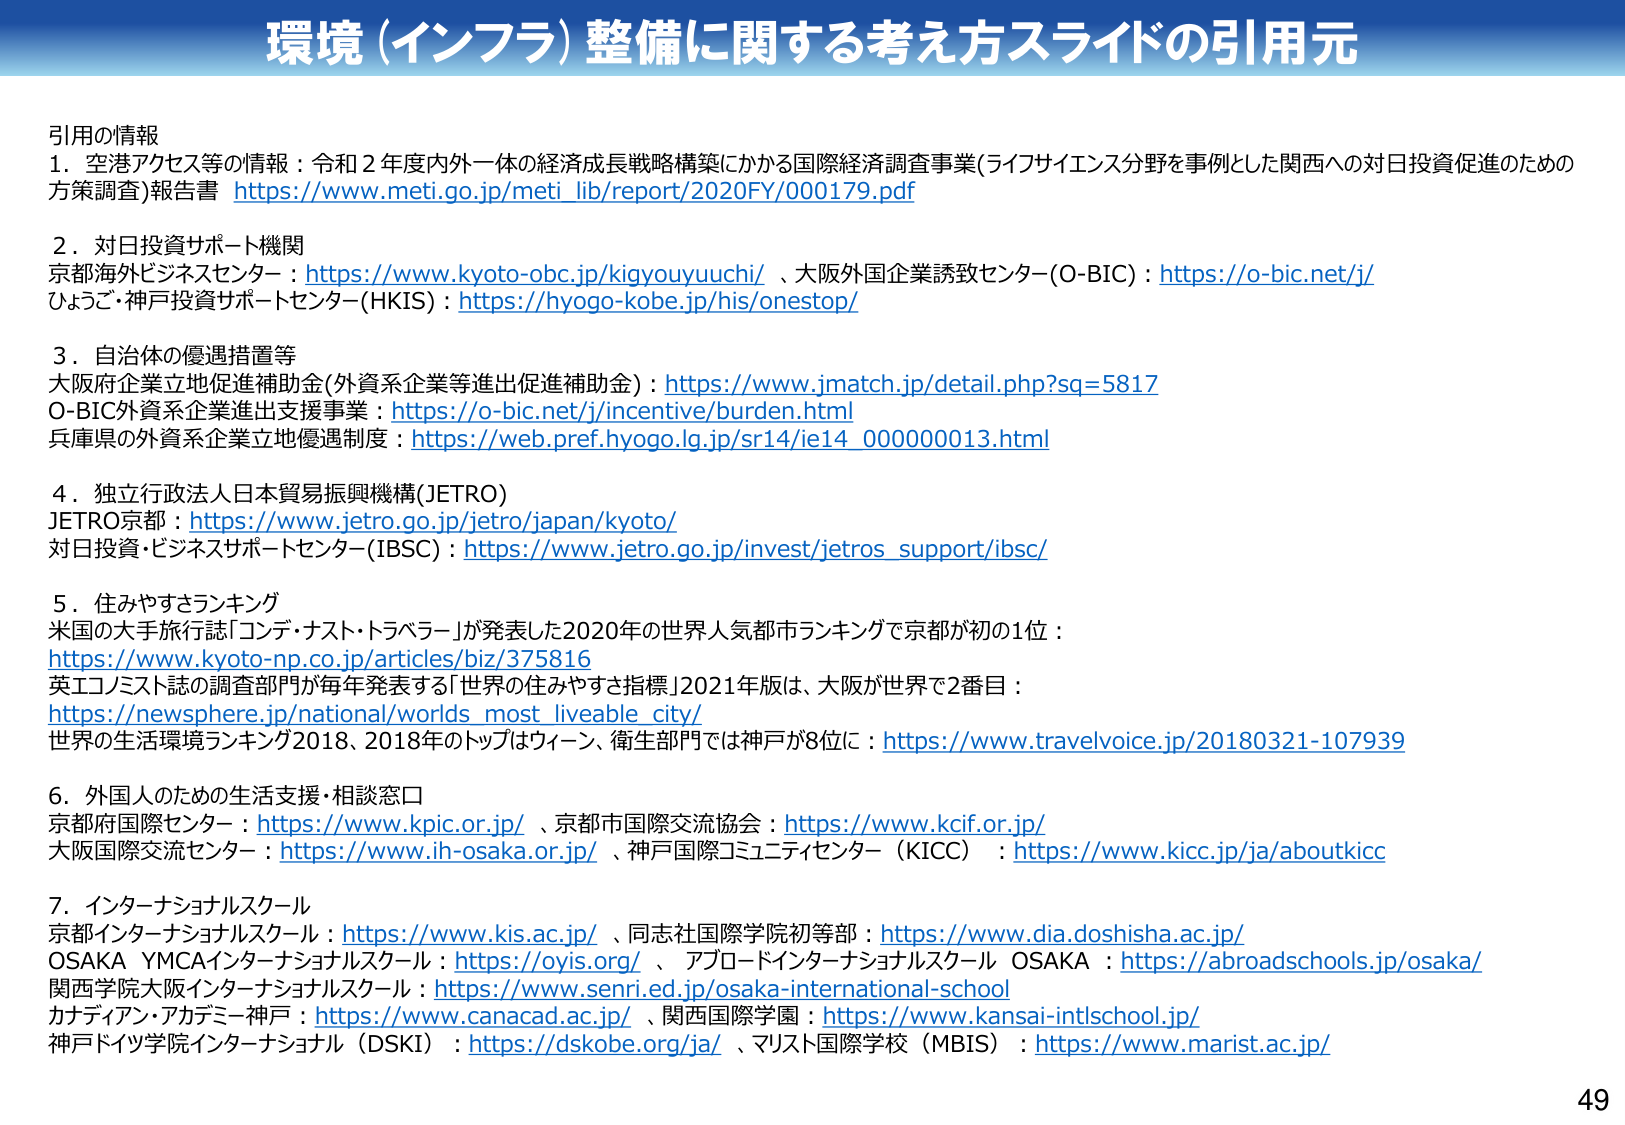
環境（インフラ）整備に関する考え方スライドの引用元

引用の情報
1．空港アクセス等の情報：令和２年度内外一体の経済成長戦略構築にかかる国際経済調査事業(ライフサイエンス分野を事例とした関西への対日投資促進のための方策調査)報告書 https://www.meti.go.jp/meti_lib/report/2020FY/000179.pdf

2．対日投資サポート機関
京都海外ビジネスセンター：https://www.kyoto-objc.jp/kigyoyuuchi/ 、大阪外国企業誘致センター(O-BIC)：https://o-bic.net/j/
ひょうご・神戸投資サポートセンター(HKIS)：https://hyogo-kobe.jp/his/onestop/

3．自治体の優遇措置等
大阪府企業立地促進補助金(外資系企業等進出促進補助金)：https://www.jmatch.jp/detail.php?sq=5817
O-BIC外資系企業進出支援事業：https://o-bic.net/j/incentive/burden.html
兵庫県の外資系企業立地優遇制度：https://web.pref.hyogo.lg.jp/sr14/ie14_000000013.html

4．独立行政法人日本貿易振興機構(JETRO)
JETRO京都：https://www.jetro.go.jp/jetro/japan/kyoto/
対日投資・ビジネスサポートセンター(IBSC)：https://www.jetro.go.jp/invest/jetros_support/ibsc/

5．住みやすさランキング
米国の大手旅行誌「コンデ・ナスト・トラベラー」が発表した2020年の世界人気都市ランキングで京都が初の1位：
https://www.kyoto-np.co.jp/articles/biz/375816
英エコノミスト誌の調査部門が毎年発表する「世界の住みやすさ指標」2021年版は、大阪が世界で2番目：
https://newsphere.jp/national/worlds_most_liveable_city/
世界の生活環境ランキング2018、2018年のトップはウィーン、衛生部門では神戸が8位に：https://www.travelvoice.jp/20180321-107939

6．外国人のための生活支援・相談窓口
京都府国際センター：https://www.kpic.or.jp/ 、京都市国際交流協会：https://www.kcif.or.jp/
大阪国際交流センター：https://www.ih-osaka.or.jp/ 、神戸国際コミュニティセンター（KICC）：https://www.kicc.jp/ja/aboutkicc

7．インターナショナルスクール
京都インターナショナルスクール：https://www.kis.ac.jp/ 、同志社国際学院初等部：https://www.dia.doshisha.ac.jp/
OSAKA YMCAインターナショナルスクール：https://oyis.org/ 、アブロードインターナショナルスクール OSAKA：https://abroadschools.jp/osaka/
関西学院大阪インターナショナルスクール：https://www.senri.ed.jp/osaka-international-school
カナディアン・アカデミー神戸：https://www.canacad.ac.jp/ 、関西国際学園：https://www.kansai-intlschool.jp/
神戸ドイツ学院インターナショナル（DSKI）：https://dskobe.org/ja/ 、マリスト国際学校（MBIS）：https://www.marist.ac.jp/

49